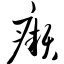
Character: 癞